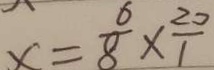
x = \frac { 6 } { 8 } \times \frac { 2 0 } { 1 }